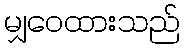
မျှဝေထားသည်